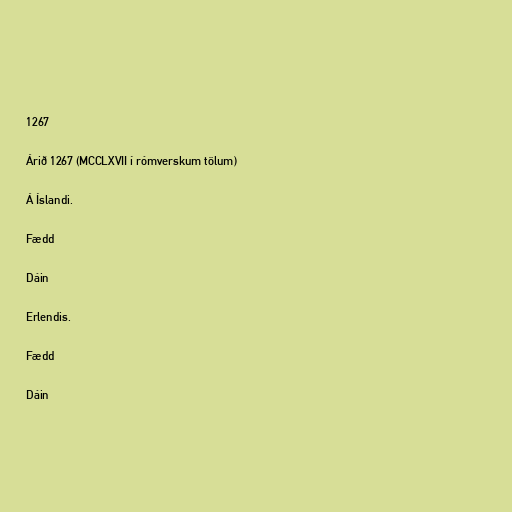
1267

Árið 1267 (MCCLXVII í rómverskum tölum)

Á Íslandi.

Fædd

Dáin

Erlendis.

Fædd

Dáin